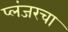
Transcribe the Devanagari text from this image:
प्लंजरचा